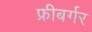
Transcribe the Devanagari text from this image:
फ्रीबर्गर